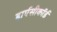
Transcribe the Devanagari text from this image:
हार्पसीकॉर्ड